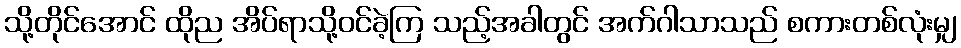
သို့တိုင်အောင် ထိုည အိပ်ရာသို့ဝင်ခဲ့ကြ သည့်အခါတွင် အက်ဂါသာသည် စကားတစ်လုံးမျှ